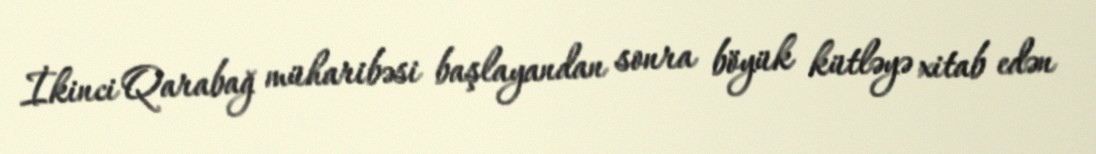
İkinci Qarabağ müharibəsi başlayandan sonra böyük kütləyə xitab edən